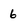
Character: 6